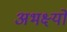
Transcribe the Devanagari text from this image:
अभक्ष्यों